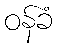
ဝန်ခံ